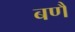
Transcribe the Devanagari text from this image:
बणै